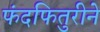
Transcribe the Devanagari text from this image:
फंदफितुरीने